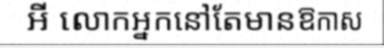
អី លោកអ្នកនៅតែមានឱកាស